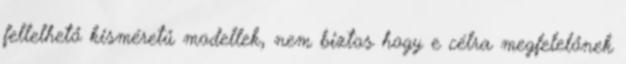
fellelhető kisméretű modellek, nem biztos hogy e célra megfelelőnek